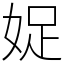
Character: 娖